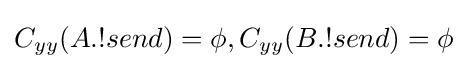
C_{yy}(A.!send)=\phi ,C_{yy}(B.!send)=\phi